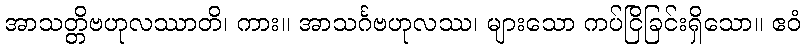
အာသတ္တိဗဟုလဿာတိ၊ ကား။ အာသင်္ဂဗဟုလဿ၊ များသော ကပ်ငြိခြင်းရှိသော။ ဧဝံ